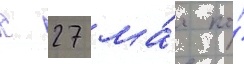
с 27 ма́я по́